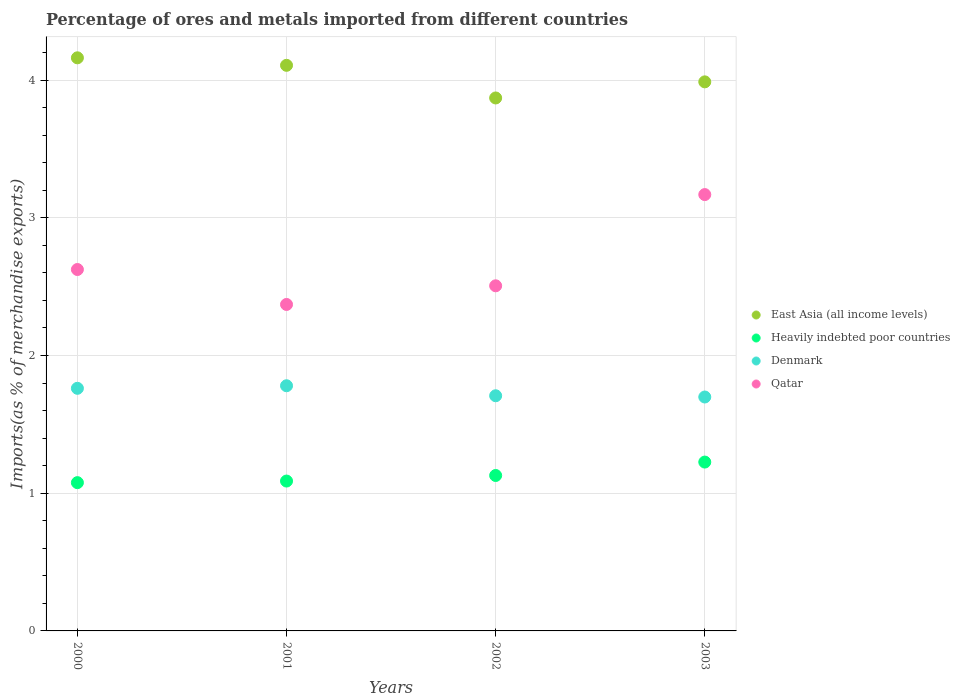
| Years | East Asia (all income levels) | Heavily indebted poor countries | Denmark | Qatar |
 | --- | --- | --- | --- | --- |
 | 2000 | 4.16 | 1.08 | 1.76 | 2.62 |
 | 2001 | 4.11 | 1.09 | 1.78 | 2.37 |
 | 2002 | 3.87 | 1.13 | 1.71 | 2.51 |
 | 2003 | 3.99 | 1.23 | 1.7 | 3.17 |